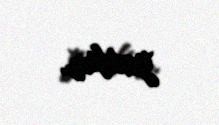
yoxdur.